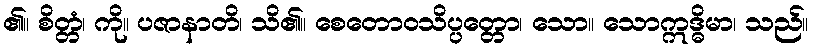
၏။ စိတ္တံ၊ ကို။ ပဇာနာတိ၊ သိ၏။ စေတောဝသိပ္ပတ္တော၊ သော။ သောဣဒ္ဓိမာ၊ သည်။